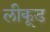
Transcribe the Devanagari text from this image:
लीकूड